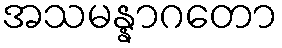
အသမန္နာဂတော